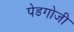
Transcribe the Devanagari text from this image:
पेडगोजी